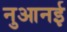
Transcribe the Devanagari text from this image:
नुआनई